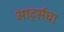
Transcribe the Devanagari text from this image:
आर्ट्सचा